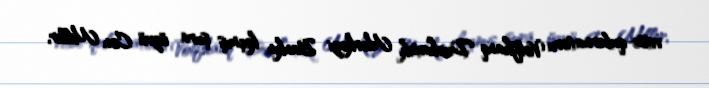
vitse-qubernatoru Volfhanq Duchatek, Mərkəzi Bankın keçmiş şura üzvü Con Miller,